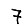
Digit: 7